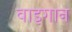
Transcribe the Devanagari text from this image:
वाइगान